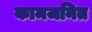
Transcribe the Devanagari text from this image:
कामजनित